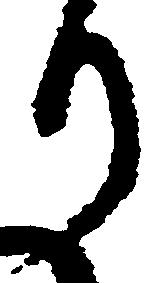
り